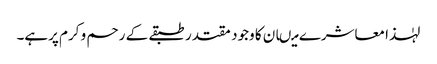
لہٰذا معاشرے میںان کا وجود مقتدر طبقے کے رحم و کرم پرہے۔